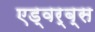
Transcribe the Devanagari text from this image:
एड्वर्ब्स